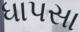
ધાપસા